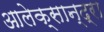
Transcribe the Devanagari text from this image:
आलेक्सान्द्रा